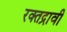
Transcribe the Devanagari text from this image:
रक्तद्रावी